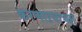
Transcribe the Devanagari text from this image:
करणाऱयाच्या